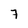
Character: 7